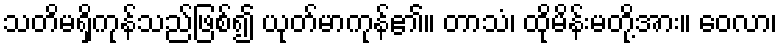
သတိမရှိကုန်သည်ဖြစ်၍ ယုတ်မာကုန်၏။ တာသံ၊ ထိုမိန်းမတို့အား။ ဝေလာ၊